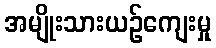
အမျိုးသားယဉ်ကျေးမှု